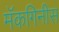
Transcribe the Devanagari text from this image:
मॅकगिनीस